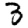
Digit: 3